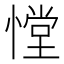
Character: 憆